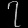
Digit: ၇